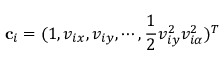
\mathbf { c } _ { i } = ( 1 , v _ { i x } , v _ { i y } , \cdots , \frac { 1 } { 2 } v _ { i y } ^ { 2 } v _ { i \alpha } ^ { 2 } ) ^ { T }